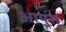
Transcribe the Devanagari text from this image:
आयुस्